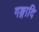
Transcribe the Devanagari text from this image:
गङ्गादि